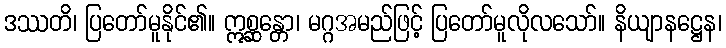
ဒဿတိ၊ ပြတော်မူနိုင်၏။ ဣစ္ဆန္တော၊ မဂ္ဂအမည်ဖြင့် ပြတော်မူလိုလသော်။ နိယျာနဋ္ဌေန၊